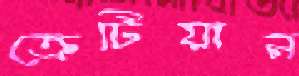
ক্রেটিয়ান